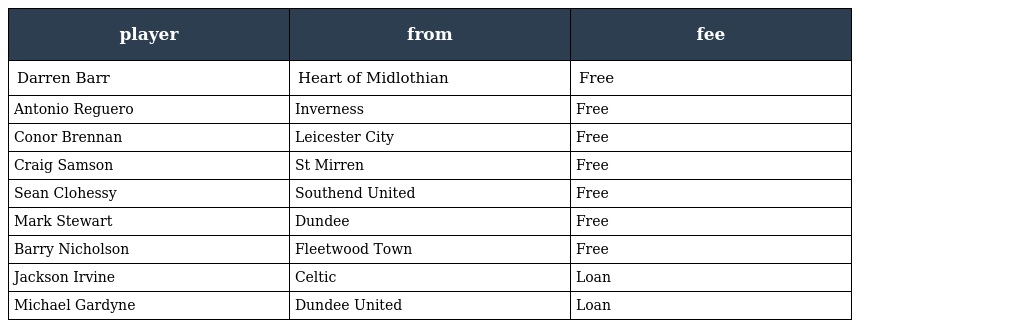
| player | from | fee |
 | --- | --- | --- |
 | Darren Barr | Heart of Midlothian | Free |
 | Antonio Reguero | Inverness | Free |
 | Conor Brennan | Leicester City | Free |
 | Craig Samson | St Mirren | Free |
 | Sean Clohessy | Southend United | Free |
 | Mark Stewart | Dundee | Free |
 | Barry Nicholson | Fleetwood Town | Free |
 | Jackson Irvine | Celtic | Loan |
 | Michael Gardyne | Dundee United | Loan |